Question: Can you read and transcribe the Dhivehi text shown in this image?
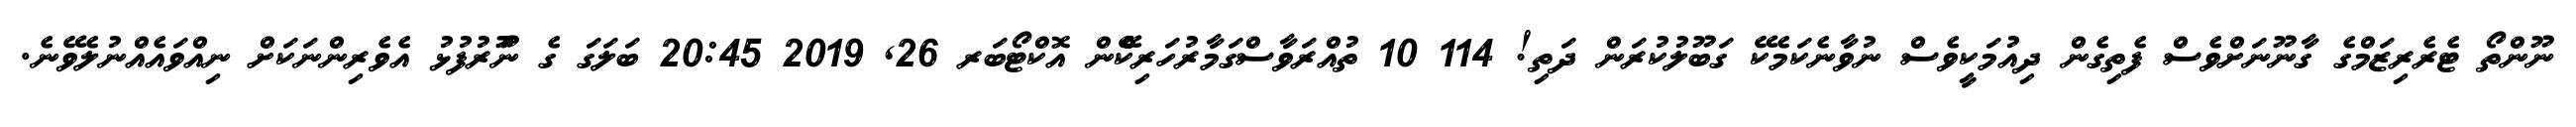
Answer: ނޫންތޯ ޓެރެރިޒަމްގެ ގާނޫނަށްވެސް ފެތިގެން ދިއުމަކީވެސް ނުވާނެކަމެކޭ ގަބޫލުކުރަން ދަތި! 114 10 ތުއްރަވާސްގަމާރުހަރިކެެެޭެން އޮކްޓޯބަރ 26, 2019 20:45 ބަލަގަ ގެ ނުުޫރުފުޅު އެވެރިންނަކަށް ނިއްވައެއްނުލެވޭނެ.